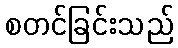
စတင်ခြင်းသည်